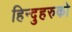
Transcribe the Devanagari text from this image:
हिन्दुहरुको